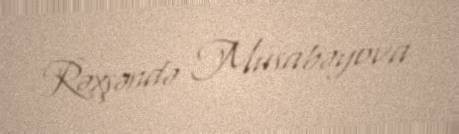
Rəxşəndə Musabəyova